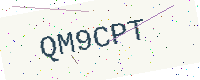
Text: QM9CPT